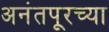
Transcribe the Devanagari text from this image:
अनंतपूरच्या